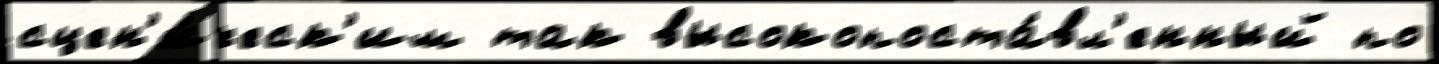
сцен'и́ческ'им так высокопоста́вл'енный по